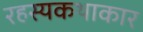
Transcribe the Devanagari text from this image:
रहस्यकथाकार